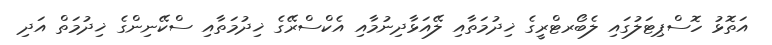
އަތޮޅު ހޮސްޕިޓަލުގައި ލެބޯރޓްރީގެ ޚިދުމަތާއި ލޭއަޅާދިނުމާއި އެކްސްރޭގެ ޚިދުމަތާއި ސްކޭނިންގެ ޚިދުމަތް އަދި